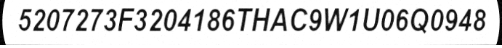
5207273F3204186THAC9W1U06Q0948